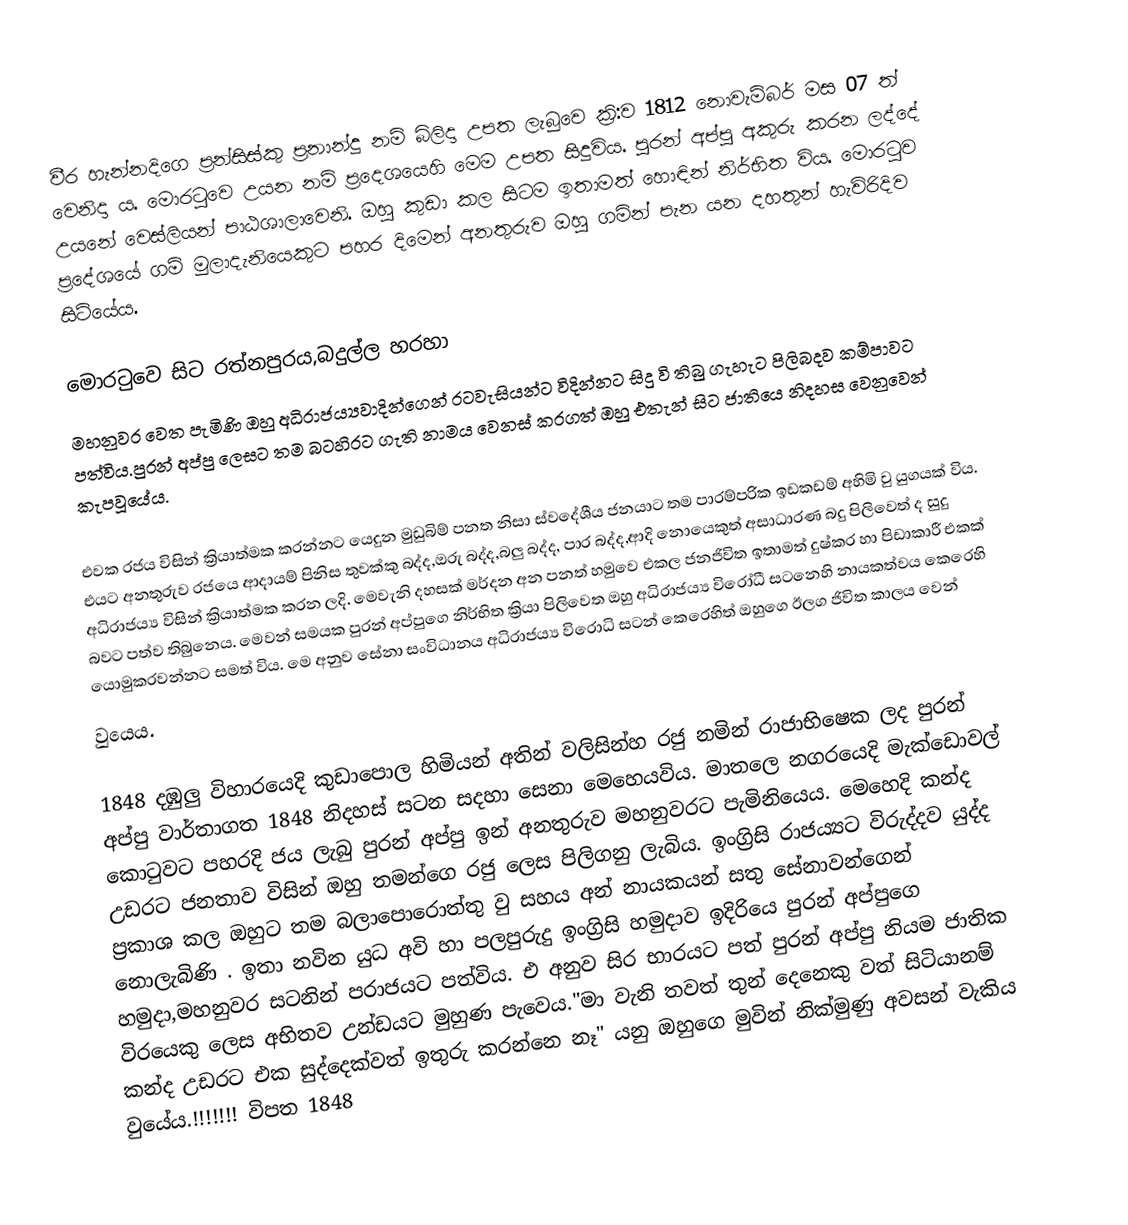
වීර හැන්නදිගෙ ප්‍රන්සිස්කු ප්‍රනාන්දු නම් බිලිදා   උපත ලැබුවෙ ක්‍රි:ව 1812 නොවැම්බර් මස 07 ත් වෙනිදා ය. මොරටුවෙ උයන නම් ප්‍රදෙශයෙහි මෙම උපත සිදුවිය. පුරන් අප්පු අකුරු කරන ලද්දේ උයනේ වෙස්ලියන්  පාඨශාලාවෙනි. ඔහු කුඩා කල සිටම ඉතාමත්  හොඳින්  නිර්භිත විය. මොරටුව ප්‍රදේශයේ  ගම් මුලාදැනියෙකුට පහර දිමෙන් අනතුරුව ඔහු ගමින් පැන යන  දහතුන් හැවිරිදිව සිටියේය.

මොරටුවෙ සිට රත්නපුරය,බදුල්ල හරහා
මහනුවර වෙත පැමිණි ඔහු අධිරාජය්‍යවාදින්ගෙන් ‍රටවැසියන්ට විදින්නට සිදු වි තිබු ගැහැට පිලිබදව කම්පාවට පත්විය.පුරන්  අප්පු ලෙසට තම බටහිරට ගැති නාමය වෙනස් කරගත් ඔහු එතැන් සිට ජාතියෙ නිදහස වෙනුවෙන් කැපවූයේය.

එවක රජය විසින් ක්‍රියාත්මක කරන්නට යෙදුන මුඩුබිම් පනත නිසා ස්වදේශීය  ජනයාට තම පාරම්පරික  ඉඩකඩම් අහිමි වු යුගයක් විය. එයට අනතුරුව රජයෙ ආදායම් පිනිස තුවක්කු බද්ද,ඔරු බද්ද,බලු බද්ද, පාර බද්ද,ආදි නොයෙකුත් අසාධාරණ  බදු පිලිවෙත් ද සුදු අධිරාජය්‍ය විසින් ක්‍රියාත්මක කරන ලදි. මෙවැනි දහසක් මර්දන අන පනත් හමුවෙ එකල ජනජිවිත ඉතාමත් දුෂ්කර හා පිඩාකාරී එකක් බවට පත්ව තිබුනෙය. මෙවන් සමයක පුරන් අප්පුගෙ නිර්භිත ක්‍රියා පිලිවෙත ඔහු අධිරාජය්‍ය විරෝධී සටනෙහි  නායකත්වය කෙරෙහි යොමුකරවන්නට සමත් විය. මෙ අනුව සේනා සංවිධානය  අධිරාජය්‍ය විරොධි සටන්  කෙරෙහිත් ඔහුගෙ ඊලග ජිවිත කාලය වෙන්
වුයෙය.

1848 දඹුලු විහාරයෙදි කුඩාපොල හිමියන් අතින් වලිසින්හ රජු නමින් ‍රාජාභිෂෙක ලද පුරන් අප්පු වාර්තාගත 1848 නිදහස් සටන සදහා සෙනා මෙහෙයවිය. මාතලෙ නගරයෙදි මැක්ඩොවල් කොටුවට පහරදි ජය ලැබු පුරන් අප්පු ඉන් අනතුරුව මහනුවරට පැමිනියෙය. මෙහෙදි කන්ද උඩරට ජනතාව විසින් ඔහු තමන්ගෙ රජු ලෙස පිලිගනු ලැබිය. ඉංග්‍රිසි රාජය්‍යට විරුද්දව යුද්ද ප්‍රකාශ කල ඔහුට තම බලාපොරොත්තු  වු සහය අන් නායකයන් සතු සේනාවන්ගෙන් නොලැබිණි . ඉතා නවින යුධ අවි හා පලපුරුදු ඉංග්‍රිසි හමුදාව ඉදිරියෙ පුරන් අප්පුගෙ හමුදා,මහනුවර සටනින් පරාජයට පත්විය. එ අනුව සිර භාරයට පත් පුරන් අප්පු නියම ජාතික විරයෙකු ලෙස අභිතව උන්ඩයට මුහුණ පැවෙය."මා වැනි තවත්  තුන්  දෙනෙකු වත් සිටියානම් කන්ද උඩරට එක  සුද්දෙක්වත් ඉතුරු කරන්නෙ නෑ" යනු ඔහුගෙ මුවින් නික්මුණු අවසන් වැකිය වුයේය.!!!!!!!       විපත 1848